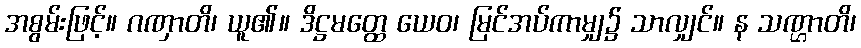
အစွမ်းဖြင့်။ ဂဏှာတိ၊ ယူ၏။ ဒိဋ္ဌမတ္ထေ ယေဝ၊ မြင်အပ်ကာမျှ၌ သာလျှင်။ န သဏ္ဌာတိ၊